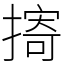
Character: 㨳